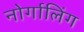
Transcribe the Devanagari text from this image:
नोर्गालिंग